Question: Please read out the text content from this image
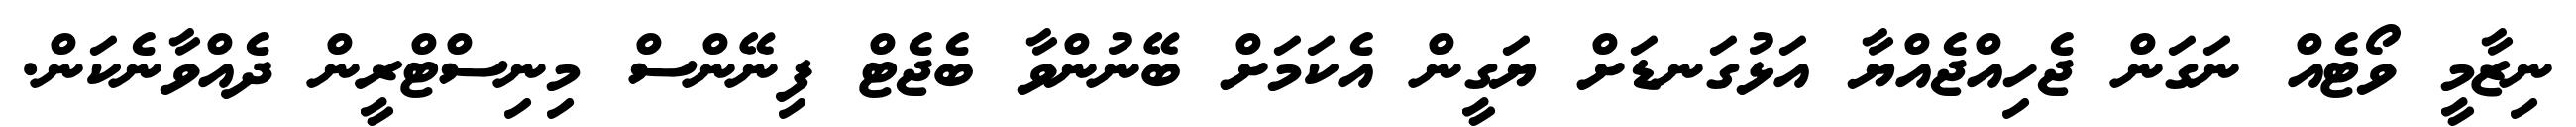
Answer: ނިޒާމީ ވޯޓެއް ނަގަން ޖެހިއްޖެއްޔާ އަޅުގަނޑަށް ޔަގީން އެކަމަށް ބޭނުންވާ ބެޖެޓް ފިނޭންސް މިނިސްޓްރީން ދެއްވާނެކަން.